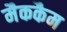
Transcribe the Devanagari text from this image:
मैककैम